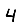
Digit: 4